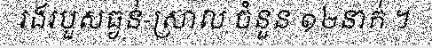
រងរបួសធ្ងន់-ស្រាល ចំនួន ១២នាក់ ។